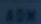
ADW